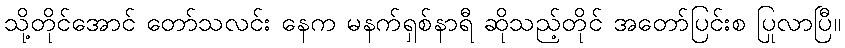
သို့တိုင်အောင် တော်သလင်း နေက မနက်ရှစ်နာရီ ဆိုသည့်တိုင် အတော်ပြင်းစ ပြုလာပြီ။